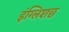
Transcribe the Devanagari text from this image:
इंग्लिशछ